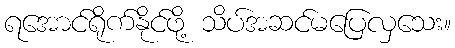
ရအောင်ရိုက်နိုင်ဖို့ သိပ်အဆင်မပြေလှသေး။